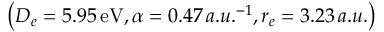
\left( D _ { e } = 5 . 9 5 \, \mathrm { e V } , \alpha = 0 . 4 7 \, a . u . ^ { - 1 } , r _ { e } = 3 . 2 3 \, a . u . \right)